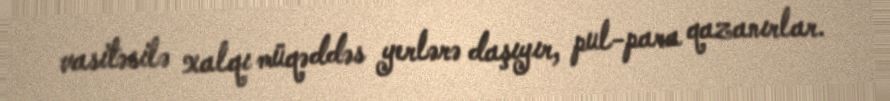
vasitəsilə xalqı müqəddəs yerlərə daşıyır, pul-para qazanırlar.